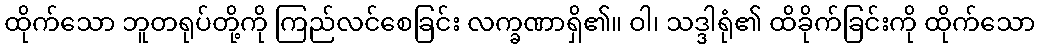
ထိုက်သော ဘူတရုပ်တို့ကို ကြည်လင်စေခြင်း လက္ခဏာရှိ၏။ ဝါ၊ သဒ္ဒါရုံ၏ ထိခိုက်ခြင်းကို ထိုက်သော